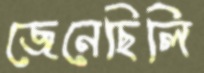
জেনেছিলি